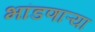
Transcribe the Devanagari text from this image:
भांडणाऱ्या